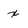
Character: x